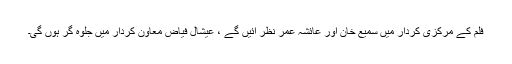
فلم کے مرکزی کردار میں سمیع خان اور عائشہ عمر نظر آئیں گے ،ْ عیشال فیاض معاون کردار میں جلوہ گر ہوں گی۔